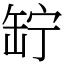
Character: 䍆